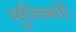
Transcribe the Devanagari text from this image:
मुशिबतों